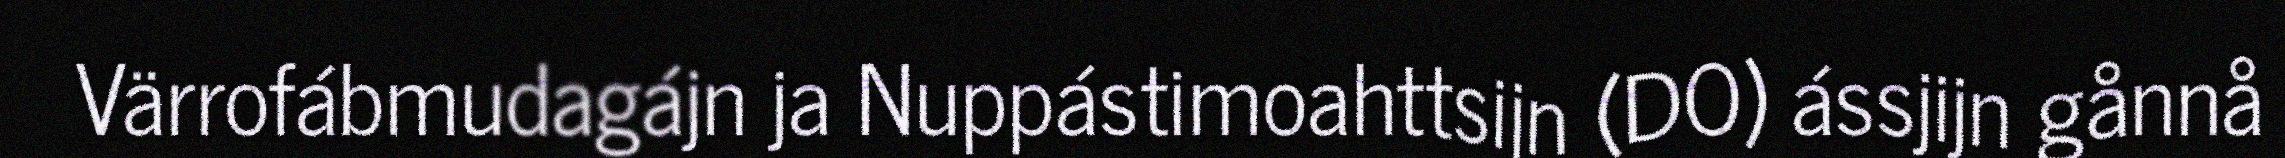
Värrofábmudagájn ja Nuppástimoahttsijn (DO) ássjijn gånnå